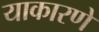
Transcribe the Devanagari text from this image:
याकारणे